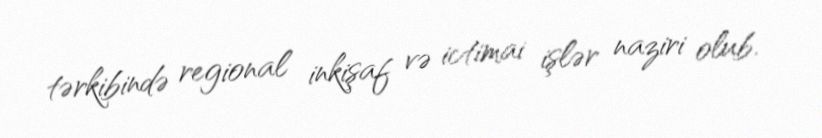
tərkibində regional inkişaf və ictimai işlər naziri olub.